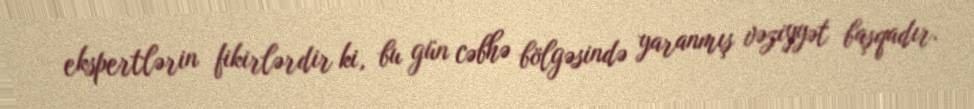
ekspertlərin fikirlərdir ki, bu gün cəbhə bölgəsində yaranmış vəziyyət başqadır.